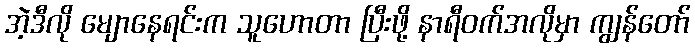
အဲ့ဒီလို မျောနေရင်းက သူဟောတာ ပြီးဖို့ နာရီဝက်အလိုမှာ ကျွန်တော်